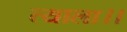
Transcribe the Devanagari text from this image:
त्याला।।